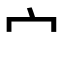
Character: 宀